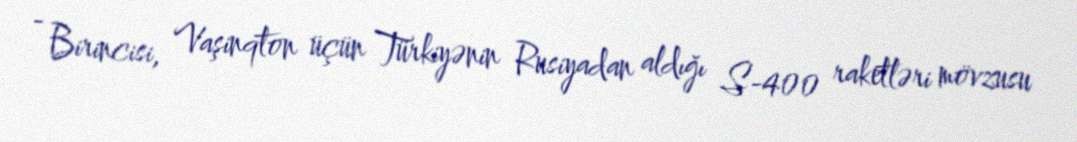
- Birincisi, Vaşinqton üçün Türkiyənin Rusiyadan aldığı S-400 raketləri mövzusu